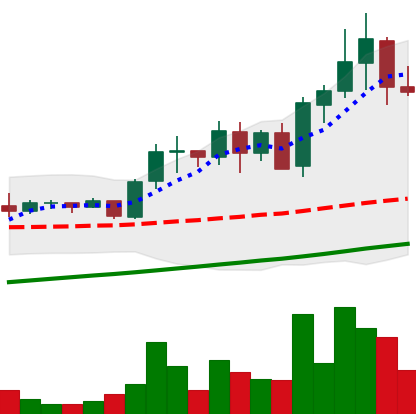
Ticker: ADA-USD
Chart end date: 2021-05-18
Forward return: -33.849%
Label: down_7plus